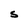
Character: S